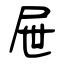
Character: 屉